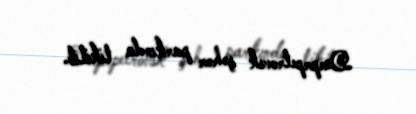
Dneprpetrovsk şəhər parkında tikilib.